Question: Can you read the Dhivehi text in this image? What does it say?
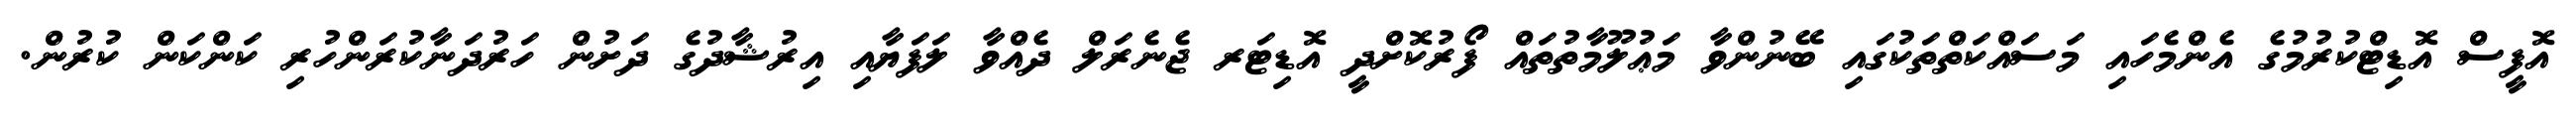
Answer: އޮފީސް އޮޑިޓްކުރުމުގެ އެންމެހައި މަސައްކަތްތަކުގައި ބޭނުންވާ މަޢުލޫމާތުތައް ފޯރުކޮށްދީ އޮޑިޓަރ ޖެނެރަލް ދެއްވާ ލަފަޔާއި އިރުޝާދުގެ ދަށުން ހަރުދަނާކުރަންހުރި ކަންކަން ކުރުން.